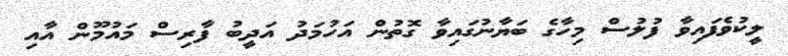
ލީކުވެފައިވާ ފުލުސް މިހާގެ ބަޔާނުގައިވާ ގޮތުން އަހުމަދު އަދީބު ފާރިސް މައުމޫން އާއި